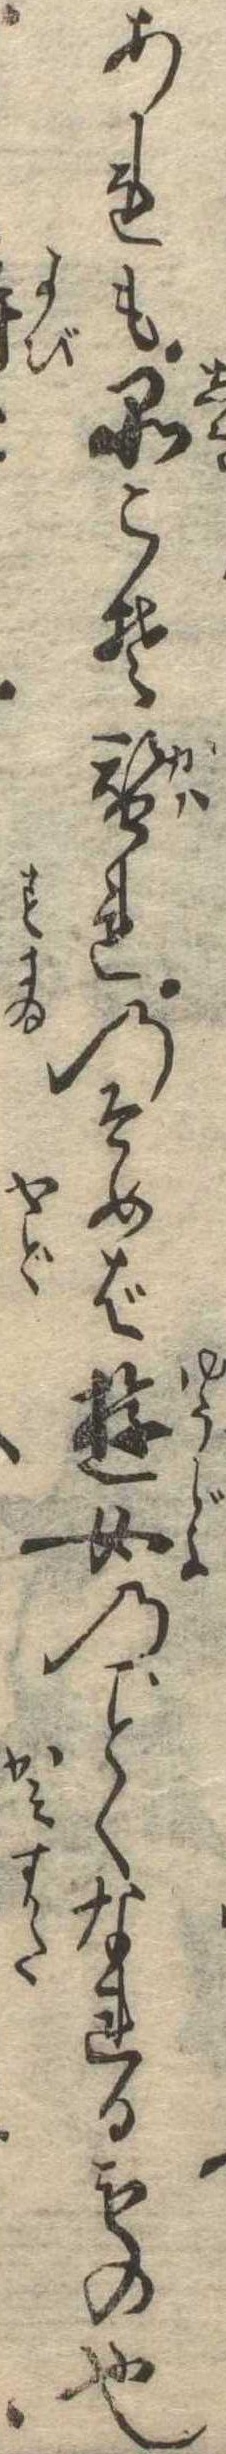
あれも品こそ替れのそめば遊女のくなれるもの也